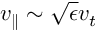
v _ { \parallel } \sim \sqrt { \epsilon } v _ { t }